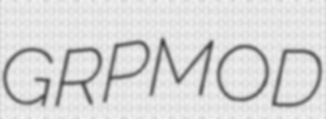
GRPMOD